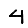
Digit: 4